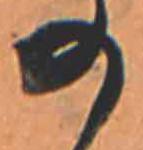
の